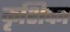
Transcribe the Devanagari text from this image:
कृशिका